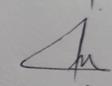
Signature authenticity: genuine